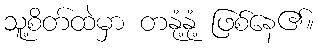
သူ့စိတ်ထဲမှာ တနုံ့နုံ့ ဖြစ်နေ၏။